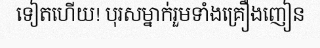
ទៀតហើយ! បុរសម្នាក់រួមទាំងគ្រឿងញៀន